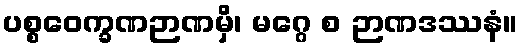
ပစ္စဝေက္ခဏဉာဏမှိ၊ မဂ္ဂေ စ ဉာဏဒဿနံ။